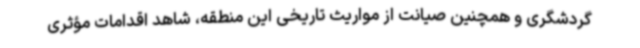
گردشگری و همچنین صیانت از مواریث تاریخی این منطقه، شاهد اقدامات مؤثری